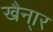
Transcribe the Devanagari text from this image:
खैना्र